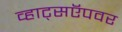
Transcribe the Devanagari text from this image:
व्हाट्सऍपवर